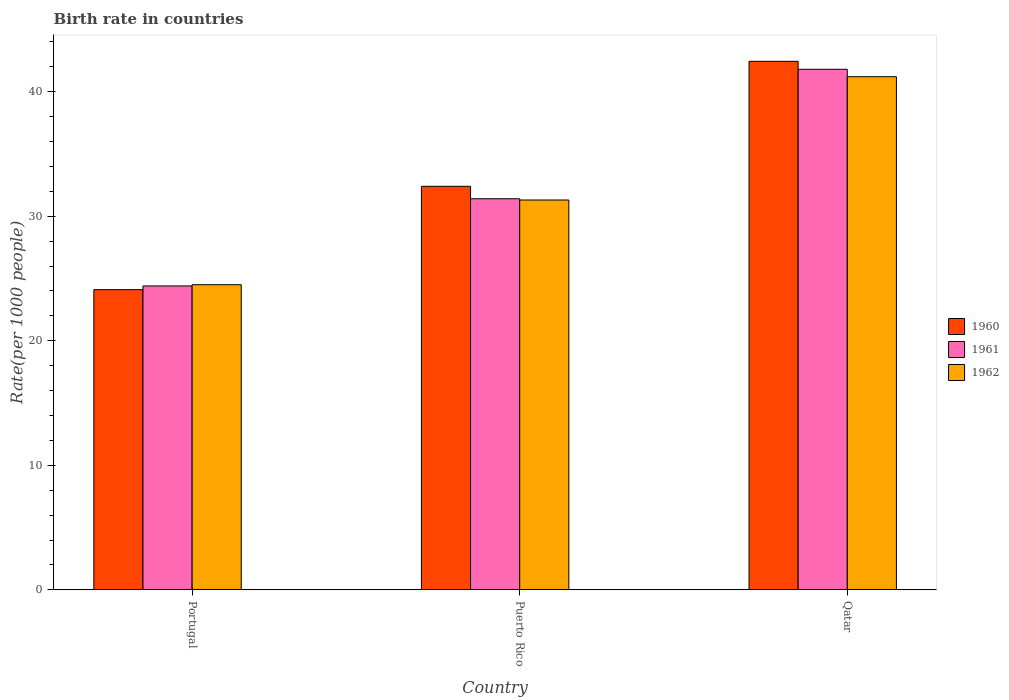
| Country | 1960 | 1961 | 1962 |
 | --- | --- | --- | --- |
 | Portugal | 24.1 | 24.4 | 24.5 |
 | Puerto Rico | 32.4 | 31.4 | 31.3 |
 | Qatar | 42.4 | 41.8 | 41.2 |